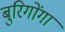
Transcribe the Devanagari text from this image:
बुरिगोंगा